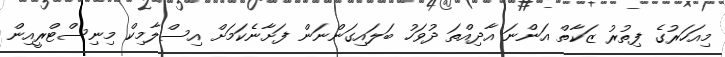
މިއަހަރުގެ ފިތުރު ޒަކާތް އަންނަ އާދިއްތަ ދުވަހު ބަލައިގަންނަން ފަށާނެކަމަށް އިސްލާމިކް މިނިސްޓްރީއިން